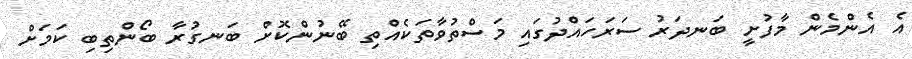
އެ އެންމެން މާފުށީ ބަނދަރު ސަރަހައްދުގައި މަސްތުވާތަކެއްތި ބޭނުންކޮށް ބަނގުރާ ބޯންތިބި ކަމަށް